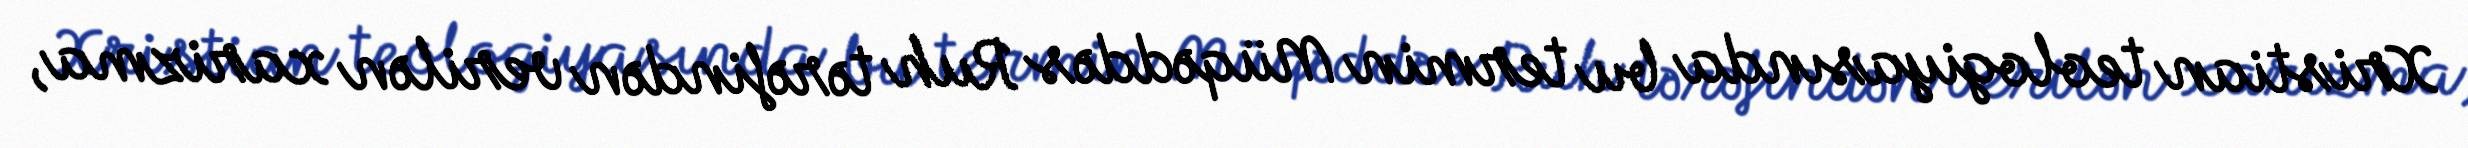
Xristian teologiyasında bu termin Müqəddəs Ruh tərəfindən verilən xarizma,